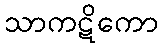
သာကဋိကော